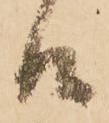
候